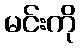
မင်းကို